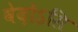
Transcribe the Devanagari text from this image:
वेदोऽसि